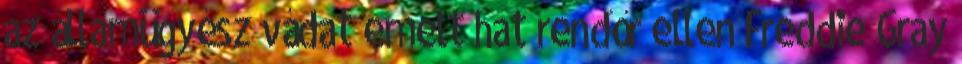
az államügyész vádat emelt hat rendőr ellen Freddie Gray